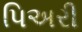
પિઅરી